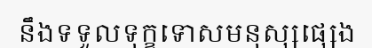
នឹងទទួលទុក្ខទោសមនុស្សផ្សេង